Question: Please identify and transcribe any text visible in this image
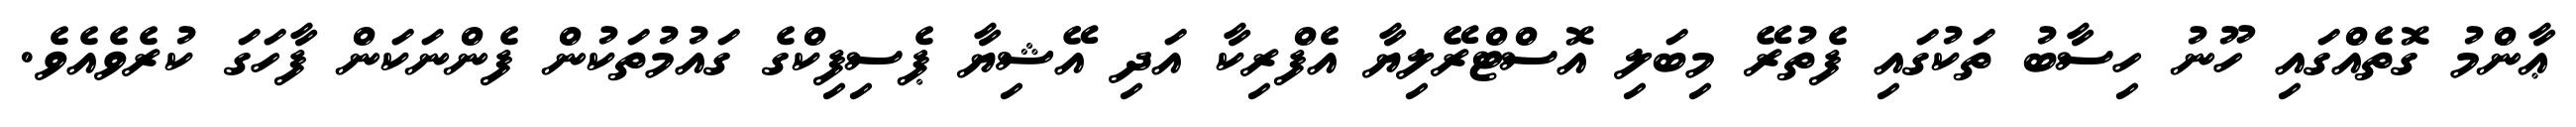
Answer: ޢާންމު ގޮތެއްގައި ހޫނު ހިސާބު ތަކުގައި ފެތުރޭ މިބަލި އޮސްޓްރޭލިޔާ އެފްރިކާ އަދި އޭޝިޔާ ޕެސިފިކްގެ ގައުމުތަކުން ފެންނަކަން ފާހަގަ ކުރެވެއެވެ.